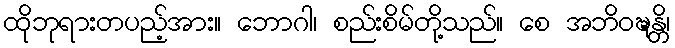
ထိုဘုရားတပည့်အား။ ဘောဂါ၊ စည်းစိမ်တို့သည်။ စေ အဘိဝဍ္ဎန္တိ၊